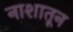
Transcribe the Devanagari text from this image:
नाशातून